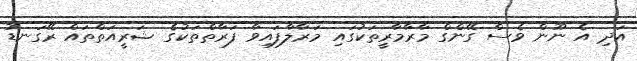
އަދި އެ ނޫން ވެސް ގޭންގް މާރާމާރީތަކުގައި މަރާލާފައިވާ ފަރާތްތަކުގެ ޝަރީއަތްތައް ރޭގަނޑު